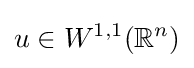
u\in W^{1,1}(\mathbb {R} ^{n})